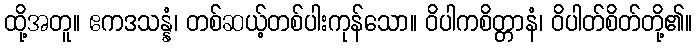
ထို့အတူ။ ဧကဒသန္နံ၊ တစ်ဆယ့်တစ်ပါးကုန်သော။ ဝိပါကစိတ္တာနံ၊ ဝိပါတ်စိတ်တို့၏။